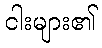
ငါးများ၏